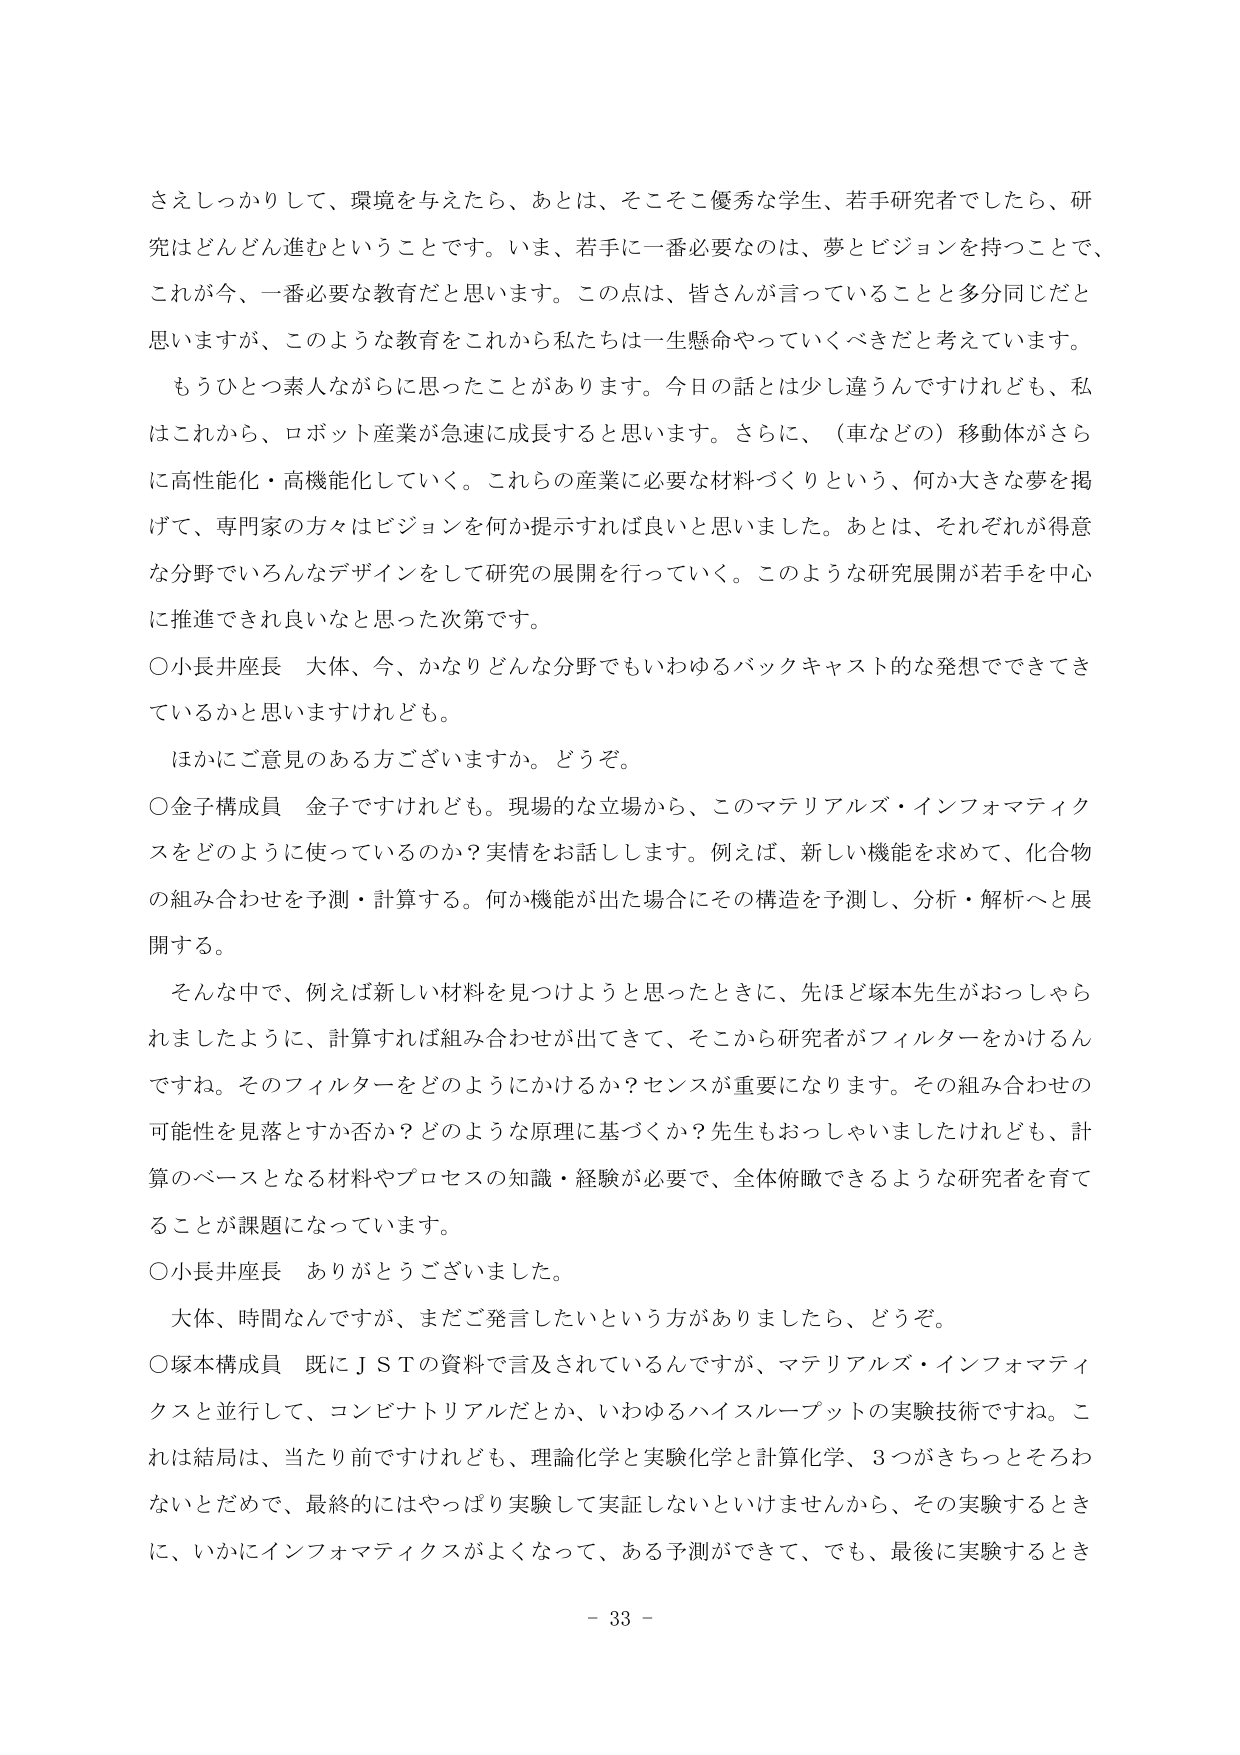
さえしっかりして、環境を与えたなら、あとは、そこそこ優秀な学生、若手研究者でしたら、研究はどんどん進むということです。いま、若手に一番必要なのは、夢とビジョンを持つことで、これが今、一番必要な教育だと思います。この点は、皆さんが言っていることと多分同じだと思いますが、このような教育をこれから私たちは一生懸命やっていくべきだと考えています。

もうひとつ素人ながらに思ったことがあります。今日の話とは少し違うんですけれども、私はこれから、ロボット産業が急速に成長すると思います。さらに、（車などの）移動体がさらに高性能化・高機能化していく。これらの産業に必要な材料づくりという、何か大きな夢を掲げて、専門家の方々はビジョンを何か提示すれば良いと思いました。あとは、それぞれが得意な分野でいろんなデザインをして研究の展開を行っていく。このような研究展開が若手を中心に推進できれば良いなと思った次第です。

○小長井座長　大体、今、かなりどんな分野でもいわゆるバックキャスト的な発想でできているかと思いますけれども。

ほかにご意見のある方ございますか。どうぞ。

○金子構成員　金子ですけれども。現場的な立場から、このマテリアルズ・インフォマティクスをどのように使っているのか？実情をお話しします。例えば、新しい機能を求めて、化合物の組み合わせを予測・計算する。何か機能が出た場合にその構造を予測し、分析・解析へと展開する。

そんな中で、例えば新しい材料を見つけようと思ったときに、先ほど塚本先生がおっしゃられましたように、計算すれば組み合わせが出てきて、そこから研究者がフィルターをかけるんですね。そのフィルターをどのようにかけるか？センスが重要になります。その組み合わせの可能性を見落とすか否か？どのような原理に基づくか？先生もおっしゃいましたけれども、計算のベースとなる材料やプロセスの知識・経験が必要で、全体俯瞰できるような研究者を育てることが課題になっています。

○小長井座長　ありがとうございました。

大体、時間なんですが、まだご発言したいという方がありましたら、どうぞ。

○塚本構成員　既にＪＳＴの資料で言及されているんですが、マテリアルズ・インフォマティクスと並行して、コンビナトリアルだとか、いわゆるハイスループットの実験技術ですね。これは結局は、当たり前ですけれども、理論化学と実験化学と計算化学、3つがきちっとそろわないとだめで、最終的にはやっぱり実験して実証しないといけませんから、その実験するときに、いかにインフォマティクスがよくなって、ある予測ができて、でも、最後に実験するとき

- 33 -